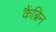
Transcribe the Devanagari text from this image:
कैंब्रिन